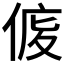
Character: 𠊒